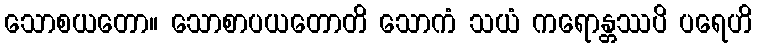
သောစယတော။ သောစာပယတောတိ သောကံ သယံ ကရောန္တဿပိ ပရေဟိ